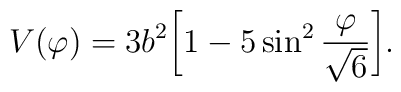
V(\varphi) = 3 b^2 \biggl[ 1 - 5 \sin^2 \frac{\varphi}{\sqrt{6}}\biggr].